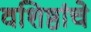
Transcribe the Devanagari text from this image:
वशिष्ठांचे